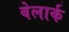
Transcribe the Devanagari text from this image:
बेलार्क